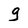
Character: g